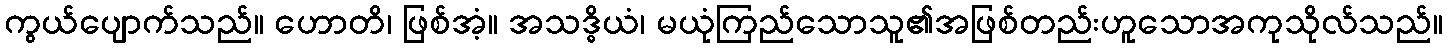
ကွယ်ပျောက်သည်။ ဟောတိ၊ ဖြစ်အံ့။ အသဒ္ဓိယံ၊ မယုံကြည်သောသူ၏အဖြစ်တည်းဟူသောအကုသိုလ်သည်။